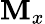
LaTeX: \mathbf{M}_{x}